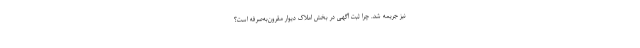
نیز جریمه شد. چرا ثبت آگهی در بخش املاک دیوار مقرون‌به‌صرفه است؟